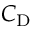
C _ { \mathrm { D } }